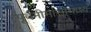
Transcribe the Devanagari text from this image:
पूर्वमीमांसाभाष्य